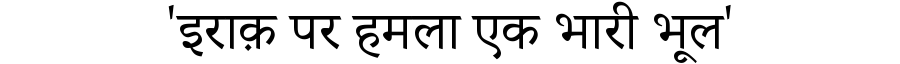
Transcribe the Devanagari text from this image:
'इराक़ पर हमला एक भारी भूल'